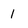
Character: 1